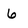
Character: 6